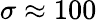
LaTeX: \sigma\approx 100